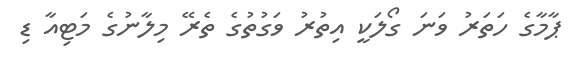
ޕާމާގެ ހަތަރު ވަނަ ގޯލަކީ އިތުރު ވަގުތުގެ ތެރޭ މިލާނުގެ މަޓިއާ ޑި